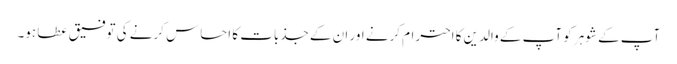
آپ کے شوہر کو آپ کے والدین کا احترام کرنے اور ان کے جذبات کا احساس کرنے کی توفیق عطا ہو۔